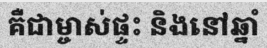
គឺជាម្ចាស់ផ្ទះ និងនៅឆ្នាំ